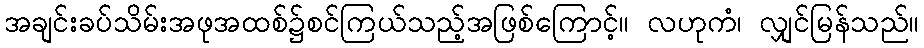
အချင်းခပ်သိမ်းအဖုအထစ်၌စင်ကြယ်သည့်အဖြစ်ကြောင့်။ လဟုကံ၊ လျှင်မြန်သည်။